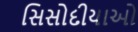
સિસોદીયાઓ